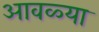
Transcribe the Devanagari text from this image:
आवळ्या